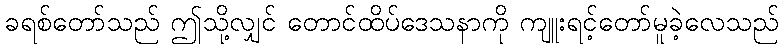
ခရစ်တော်သည် ဤသို့လျှင် တောင်ထိပ်ဒေသနာကို ကျူးရင့်တော်မူခဲ့လေသည်